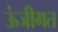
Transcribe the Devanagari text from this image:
ऊंजीगत